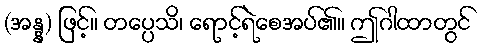
(အန္န) ဖြင့်။ တပ္ပေသိ၊ ရောင့်ရဲစေအပ်၏။ ဤဂါထာတွင်